Vaccination in Bombay 1889-1901 - 1889-1901
Year: 1889
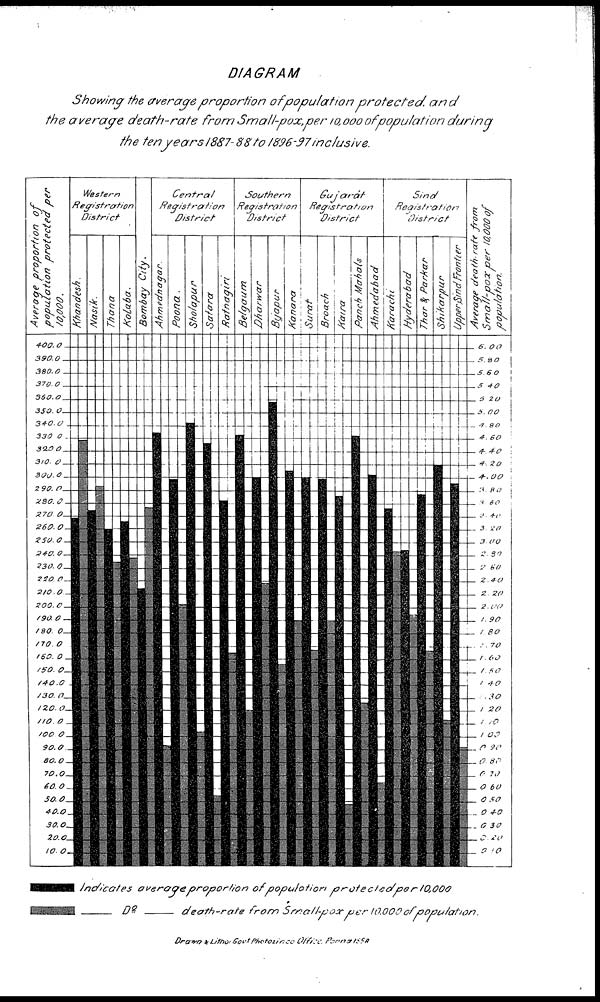
DIAGRAM
Showing the average proportion of population
protected,and
the average death-rate
from Small-pox,per
10,000 of population
during
the ten years1887-88
to 1896-97inclusive.